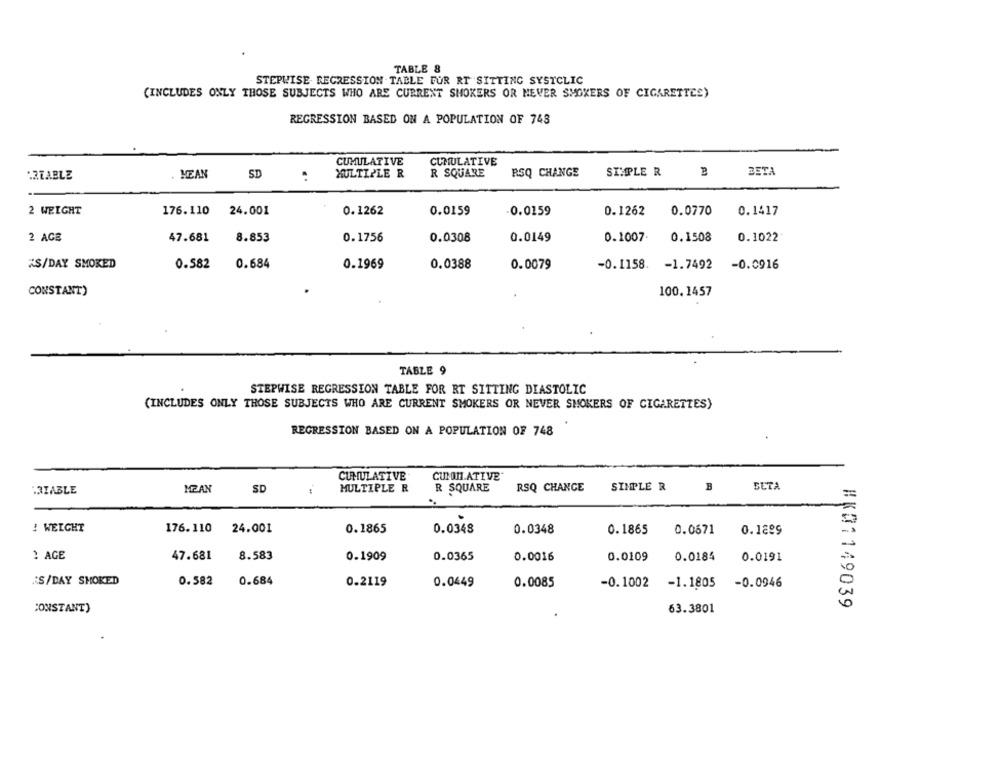
TABLE 8
STEPWISE REGRESSION TABLE FOR RT SITTING SYSTCLIC
(INCLUDES ONLY THOSE SUBJECTS WHO ARE CURRENT SMOKERS OR NEVER SMOKERS OF CIGARETTES)
REGRESSION BASED ON A POPULATION OF 748
CUMULATIVE
CUMULATIVE
-REABLE
MEAN
SD
MULTIPLE R
R SQUARE
RSQ CHANGE
SIMPLE R
BETA
:
2 WEIGHT
176.110
24.001
0.1262
0.0159
0.0159
0.1262
0.0770
0.1417
2 AGE
47.681
8.853
0.1756
0.0308
0.0149
0.1007
0.1508
0.1022
¿S/DAY SMOKED
0.582
0.684
0.1969
0.0388
0.0079
-0.1158. - 1.7492
-0.0916
CONSTANT)
100.1457
TABLE 9
STEPWISE REGRESSION TABLE FOR RT SITTING DIASTOLIC
(INCLUDES ONLY THOSE SUBJECTS WHO ARE CURRENT SMOKERS OR NEVER SMOKERS OF CIGARETTES)
REGRESSION BASED ON A POPULATION OF 748
CUMULATIVE
CUMITIATIVE
RSQ CHANGE
SIMPLE R
BUTA
:3IABLE
MZAN
SD
MULTIPLE R
R SQUARE
! WEIGHT
176.110
24.001
0.1865
0.0348
0.0348
0.1865
0.0671
0.1289
! AGE
47.681
8.583
0.1909
0.0365
0.0016
0.0109
0.0184
0.0191
S/DAY SMOKED
0.582
0.684
0.2119
0.0449
0.0085
-0.1002
-1.1805 -0.0946
CONSTANT)
63.3801
#K01149039